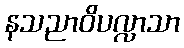
နသညာဝိပလ္လာသာ